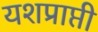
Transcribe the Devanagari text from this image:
यशप्राप्ती